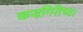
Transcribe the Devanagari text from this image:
कन्हगिरीच्या